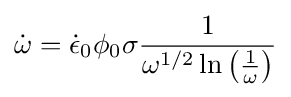
{\dot {\omega }}={\dot {\epsilon }}_{0}\phi _{0}\sigma {\frac {1}{\omega ^{1/2}\ln \left({\frac {1}{\omega }}\right)}}